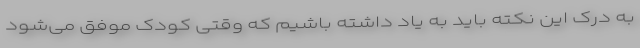
به درک این نکته باید به یاد داشته باشیم که وقتی کودک موفق می‌‌شود